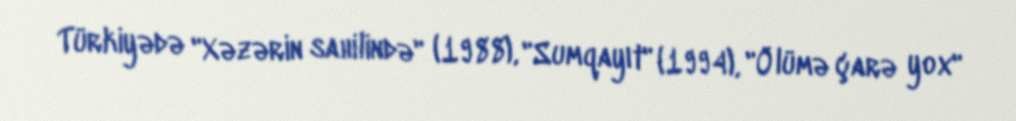
Türkiyədə "Xəzərin sahilində" (1988), "Sumqayıt" (1994), "Ölümə çarə yox"